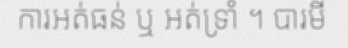
ការអត់ធន់ ឬ អត់ទ្រាំ ។ បារមី